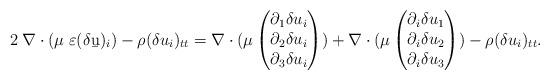
LaTeX: \begin{align*}2\;\nabla\cdot(\mu\;\varepsilon(\delta\b u)_i)-\rho(\delta u_i)_{tt}=\nabla\cdot(\mu\begin{pmatrix}\partial_1 \delta u_i\\\partial_2 \delta u_i\\\partial_3 \delta u_i \end{pmatrix}) + \nabla\cdot(\mu \begin{pmatrix} \partial_i \delta u_1\\ \partial_i \delta u_2 \\ \partial_i \delta u_3 \end{pmatrix})-\rho(\delta u_i)_{tt}.\end{align*}